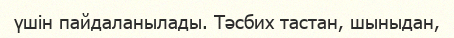
үшін пайдаланылады. Тәсбих тастан, шыныдан,